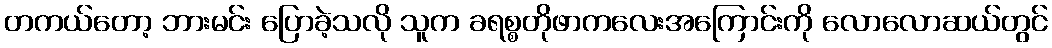
တကယ်တော့ ဘားမင်း ပြောခဲ့သလို သူက ခရစ္စတိုဖာကလေးအကြောင်းကို လောလောဆယ်တွင်